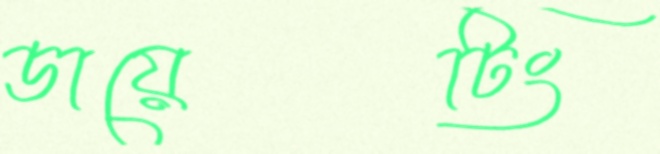
ডায়েটিং